Vabadussoja_Ajaloo_Komitee, lk 18
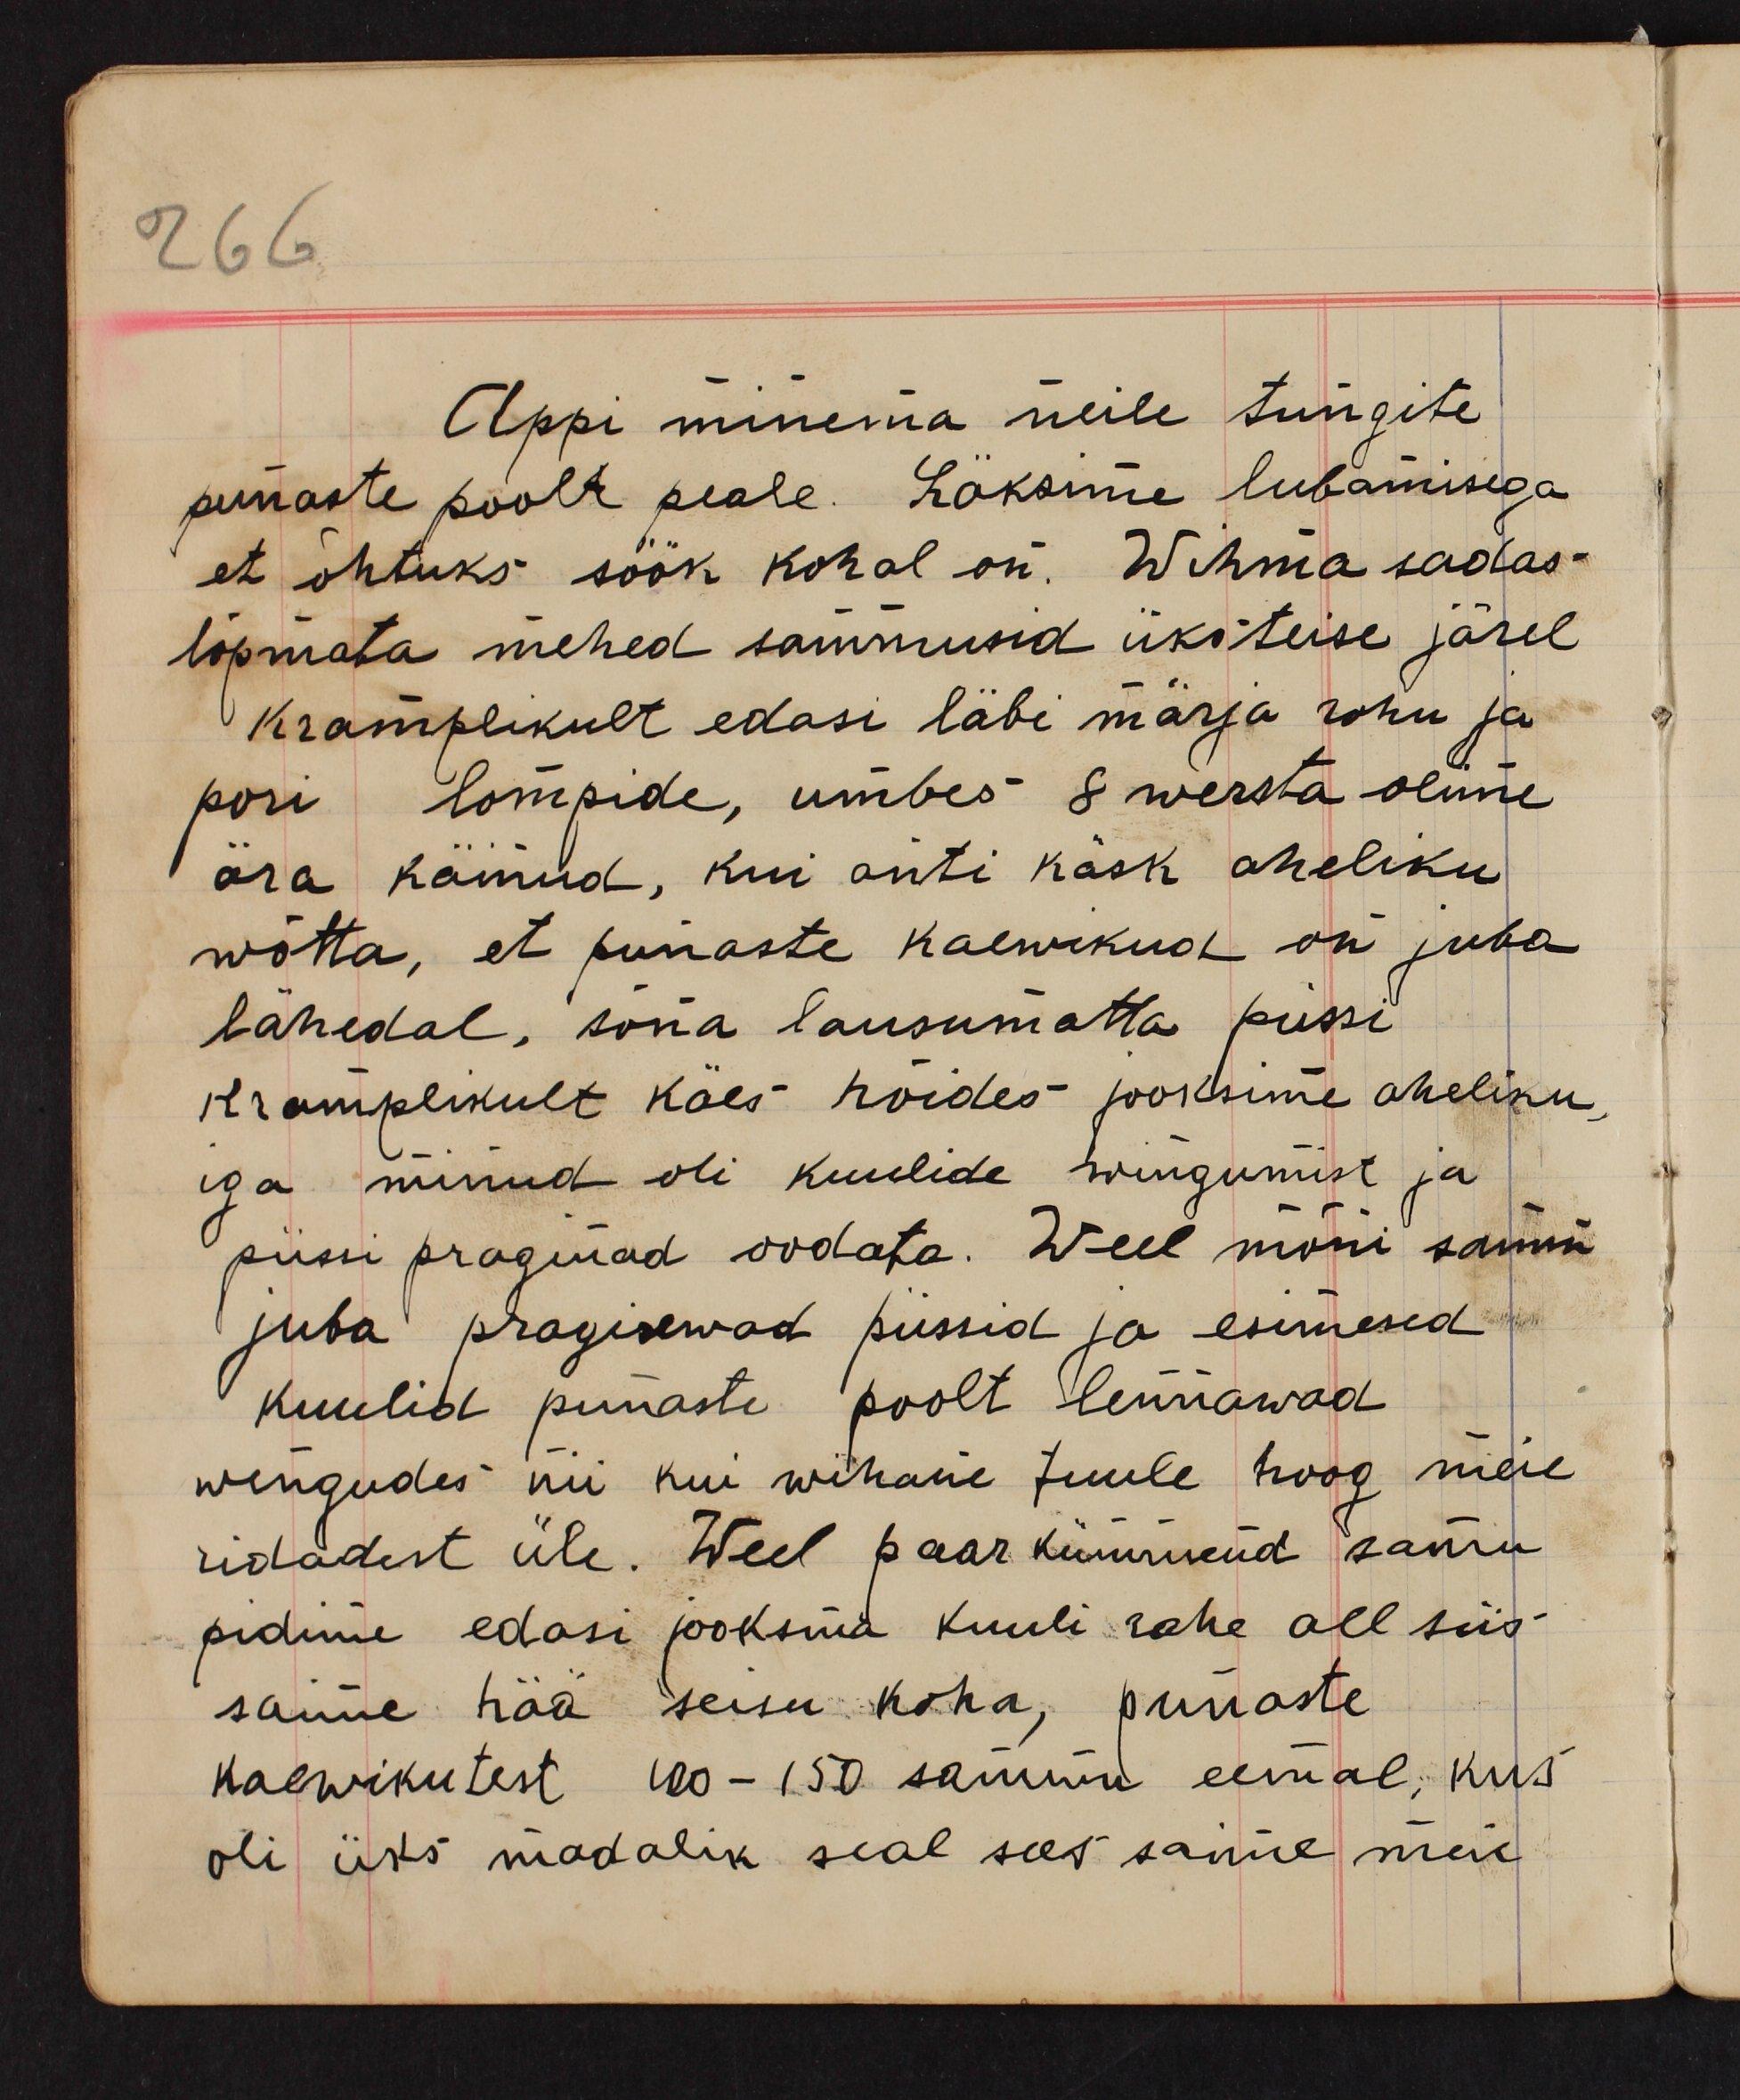
Appi minema neile tungite
punaste poolt peale. Läksime lubamisega
et õhtuks söök kohal on. Wihma sadas
lõpmata mehed sammusid üksteise järel
Kramplikult edasi läbi märja rohu ja
pori lompide, umbes 8 wersta olime
ära käinud, kui anti käsk aheliku
wõtta, et punaste kaewikud on juba
lähedal, sõna lausumatta püssi
kramplikult käes hoides jooksime aheliku,
iga minud oli kuulide wingumist ja
püssi praginad oodata. Weel mõni sammu
juba pragisewad püssid ja esimesed
kuulid punaste poolt lennawad
wingudes nii kui wihane tuule hoog meie
ridadest üle. Weel paar kümmend samu
pidime edasi jooksma kuuli rahe all siis
saime hää seisu koha, punaste
kaewikutest 100-150 sammu eemal, kus
oli üks madalik seal sees saime meie